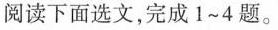
阅读下面选文，完成1~4题。